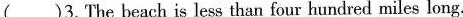
( )3.The beach is less than four hundred miles long.